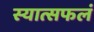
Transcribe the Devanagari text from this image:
स्यात्सफलं